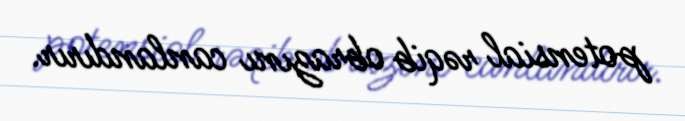
potensial rəqib obrazını canlandırır.